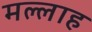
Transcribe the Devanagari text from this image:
मल्‍लाह